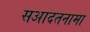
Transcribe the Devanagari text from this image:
सआदतनामा